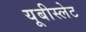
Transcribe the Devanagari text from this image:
यूबीस्लेट